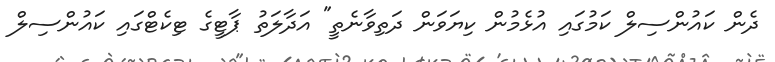
ދެން ކައުންސިލް ކަމުގައި އުޅެމުން ކިޔަވަން ދަތިވާނެތީ" އަދާލަތު ޕާޓީގެ ޓިކެޓްގައި ކައުންސިލް